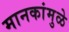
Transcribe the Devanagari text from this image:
मानकांमुळे